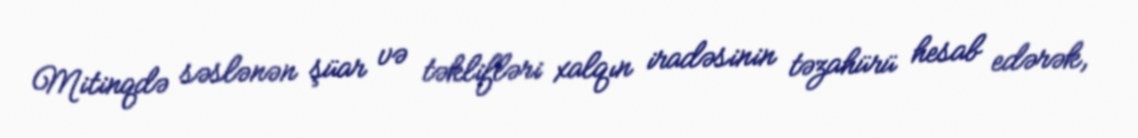
Mitinqdə səslənən şüar və təklifləri xalqın iradəsinin təzahürü hesab edərək,